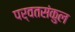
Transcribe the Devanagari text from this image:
पर्वतसंकुल